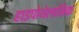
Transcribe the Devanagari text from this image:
हाइपोथेलामिक